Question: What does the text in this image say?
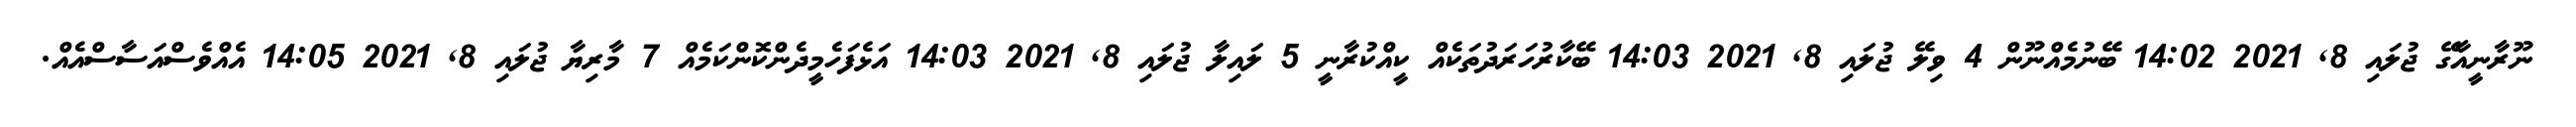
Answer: ނޫރާނީއާގޭ ޖުލައި 8, 2021 14:02 ބޭނުމެއްނޫން 4 ވިލޭ ޖުލައި 8, 2021 14:03 ބޭކާރުހަރަދުތަކެއް ކީއްކުރާނީ 5 ލައިލާ ޖުލައި 8, 2021 14:03 އަޅެފަހެމީދެންކޮންކަމެއް 7 މާރިޔާ ޖުލައި 8, 2021 14:05 އެއްވެސްއަސާސްއެއް.